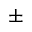
\pm